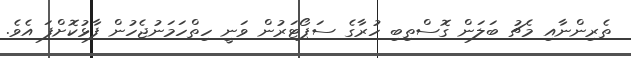
ތެރިންނާއި މެޗު ބަލަން ގޮސްތިބި ހުރާގެ ސަޕޯޓަރުން ވަނީ ހިތްހަމަނުޖެހުން ފާޅުކޮށްފަ އެވެ.